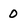
Character: 0